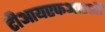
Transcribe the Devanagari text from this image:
टीआयएफआरशी